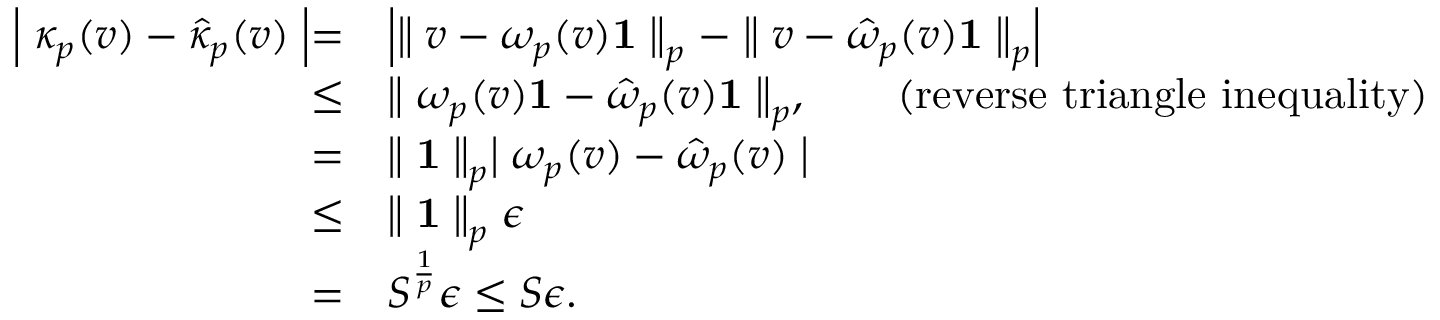
\begin{array} { r l } { \Bigm \lvert \kappa _ { p } ( v ) - \hat { \kappa } _ { p } ( v ) \Bigm \rvert = } & { \Bigm \lvert \bigm \lVert v - \omega _ { p } ( v ) \mathbf { 1 } \bigm \rVert _ { p } - \bigm \lVert v - \hat { \omega } _ { p } ( v ) \mathbf { 1 } \bigm \rVert _ { p } \Bigm \rvert } \\ { \leq } & { \bigm \lVert \omega _ { p } ( v ) \mathbf { 1 } - \hat { \omega } _ { p } ( v ) \mathbf { 1 } \bigm \rVert _ { p } , \qquad \mathrm { ( r e v e r s e ~ t r i a n g l e ~ i n e q u a l i t y ) } } \\ { = } & { \bigm \lVert \mathbf { 1 } \bigm \rVert _ { p } \bigm \lvert \omega _ { p } ( v ) - \hat { \omega } _ { p } ( v ) \bigm \rvert } \\ { \leq } & { \bigm \lVert \mathbf { 1 } \bigm \rVert _ { p } \epsilon } \\ { = } & { S ^ { \frac { 1 } { p } } \epsilon \leq S \epsilon . } \end{array}